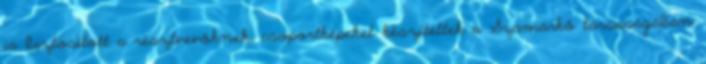
is biztosított a résztvevőknek, csoportképeket készítettek a Szamárkő társaságában